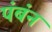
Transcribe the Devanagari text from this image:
पंबंन